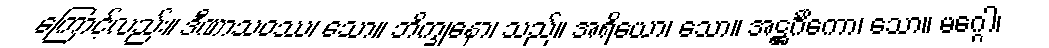
ကြောင့်လည်း။ ဒီဏာသဝဿ၊ သော။ ဘိက္ခုနော၊ သည်။ အရိယော၊ သော။ အဋ္ဌင်္ဂိကော၊ သော။ မဂ္ဂေါ၊